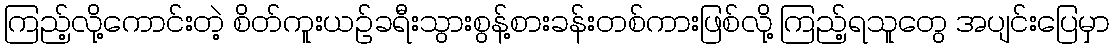
ကြည့်လို့ကောင်းတဲ့ စိတ်ကူးယဉ်ခရီးသွားစွန့်စားခန်းတစ်ကားဖြစ်လို့ ကြည့်ရသူတွေ အပျင်းပြေမှာ